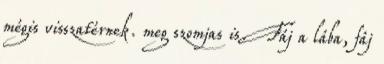
mégis visszatérnek. meg szomjas is. Fáj a lába, fáj